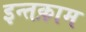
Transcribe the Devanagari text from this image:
इन्तक़ाम